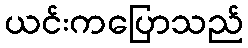
ယင်းကပြောသည်